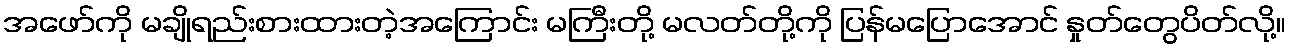
အဖော်ကို မချိုရည်းစားထားတဲ့အကြောင်း မကြီးတို့ မလတ်တို့ကို ပြန်မပြောအောင် နှုတ်တွေပိတ်လို့။